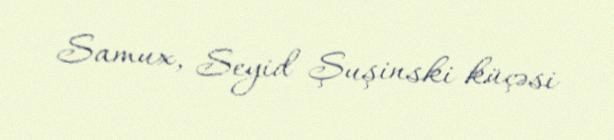
Samux, Seyid Şuşinski küçəsi